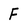
Character: F